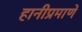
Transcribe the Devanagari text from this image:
हानीप्रमाणे